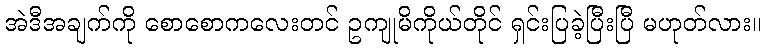
အဲဒီအချက်ကို စောစောကလေးတင် ဥကျုမိကိုယ်တိုင် ရှင်းပြခဲ့ပြီးပြီ မဟုတ်လား။